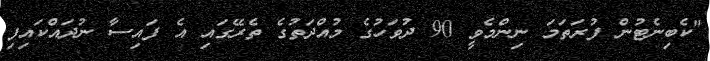
"ކެބިނެޓުން ފުރަތަމަ ނިންމެވީ 90 ދުވަހުގެ މުއްދަތުގެ ތެރޭގައި އެ ފައިސާ ނުދައްކައިފި